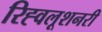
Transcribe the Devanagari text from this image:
रिह्वलूशनरी